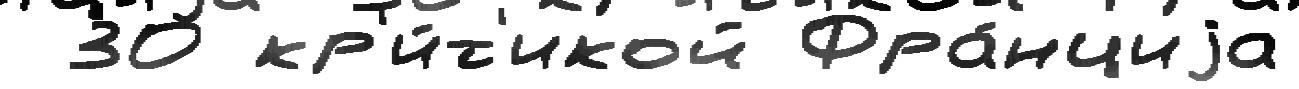
 30 кр'и́т'икой Фра́нциjа